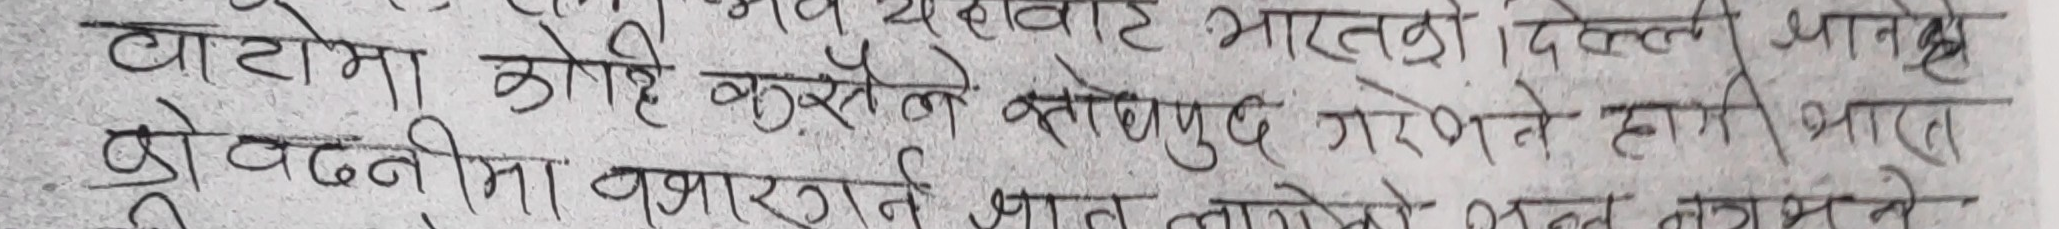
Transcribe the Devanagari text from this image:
वाटोमा कोहि कुरेरैं खोजिमुद्ध गर्ने हामी भारत
छोदननीमा बजाउगरने प्रात लागोको तल लाग्मने